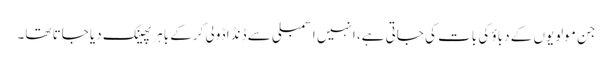
جن مولویوں کے دباؤ کی بات کی جاتی ہے، انہیں اسمبلی سے ڈنڈا ڈولی کرکے باہر پھینک دیا جاتا تھا۔